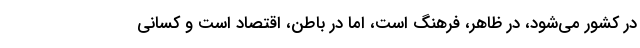
در کشور می‌شود، در ظاهر، فرهنگ است، اما در باطن، اقتصاد است و کسانی